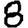
Digit: 8